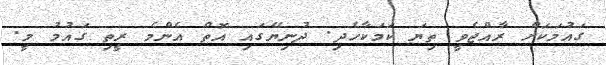
ގައުމަކަށް ރާއްޖެވީ ތިޔަ ކަމަކާހެދި. ދުނިޔޭގައި އޮތް އެންމެ ރީތި ގައުމު މީ.